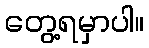
တွေ့ရမှာပါ။